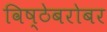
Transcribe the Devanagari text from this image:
विष्ठेबरोबर